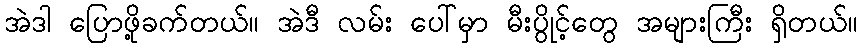
အဲဒါ ပြောဖို့ခက်တယ်။ အဲဒီ လမ်း ပေါ်မှာ မီးပွိုင့်တွေ အများကြီး ရှိတယ်။